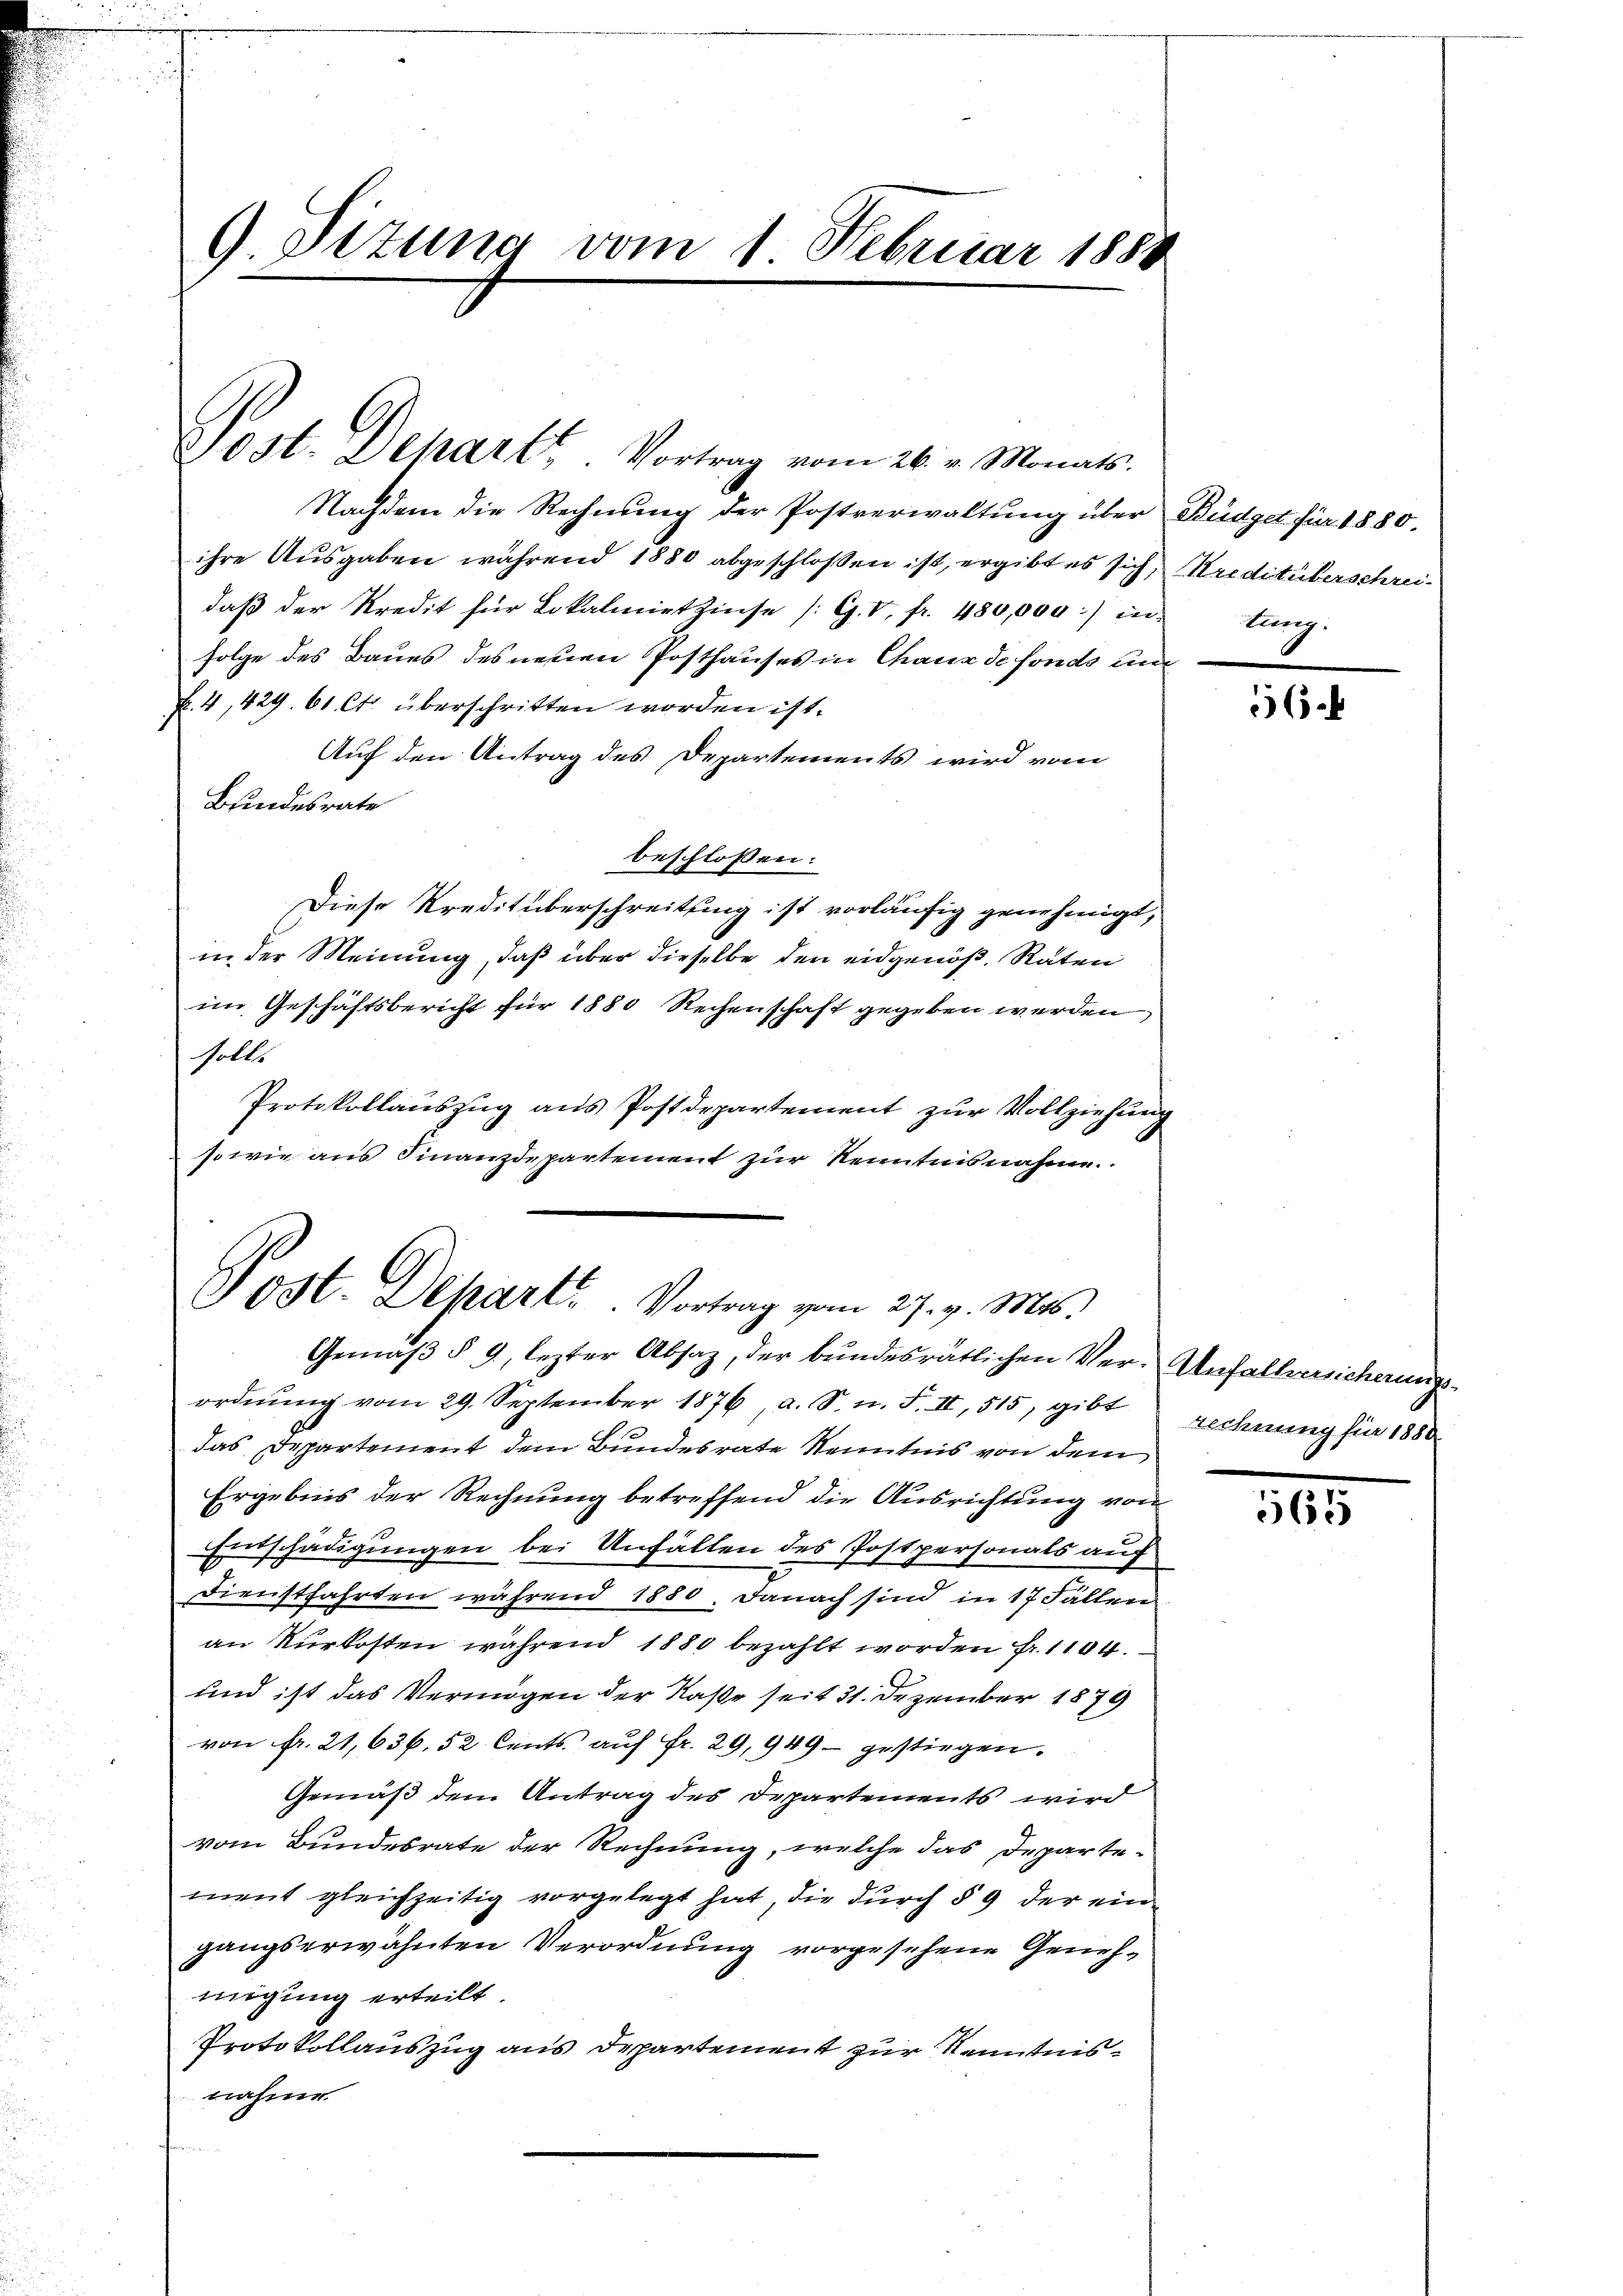
9. Pizuna vom 1 Februar 1888

Jost. Depart. Vortrag vom 26. v. Monats

Nachdem die Rechnung der Postverwaltung über Büdget für 1880.
ihre Ausgaben während 1880 abgeschloßen ist, ergibt es sich, Kreditüberschreidaβ der Kredit für Lokalmietzinse (G. V. fr. 480,000) in tung.
folge des Baues des neuen Posthauses in Chaux de fonds un
f. 4, 429. 61 Ct. überschritten worden ist.
Auf den Antrag des Departements wird vom
Bundesrate
beschlossen:
Diese Kreditüberschreitung ist vorläufig genehmigt,
in der Meinung, daß über dieselbe den eidgenöß, Raten
im Geschäftsbericht für 1880 Rechenschaft gegeben werden,
solle
Protokollauszug aus Postdepartement zur Vollziehung
1
sowie aus Finanzdepartement zur Kenntnisnahme.

Post. Depart. Vortrag vom 27. v. Ms.
Gemäß § 9, lezter Absaz, der bundesrätlichen Ver- Anfallversicherungs¬

ordnŭng vom 29. September 1876, a. S. n. F. II, 515, gibt rechnung für 1880
das Departement dem Bundesrate Kenntnis von dem
Ergebnis der Rechnung betreffend die Ausrichtung von
Entschädigungen bei Unfällen des Postpersonals auf
Dienstfahrten während 1880. Danach sind in 17 Fällen
an Nurkosten während 1880 bezahlt worden Fr. 1104.
und ist das Vermögen der Kaße seit 31. Dezember 1879
von fr. 21,636. 52 Cents. auf Fr. 29, 949 - gestiegen.
Gemäß dem Antrag des Departements wird
vom Bundesrate der Rechnung, welche das Departement gleichzeitig vorgelegt hat, die durch § 9 der ein-
gangserwähnten Verordnung vorgesehene Genehmigung erteilt
Protokollauszug aus Departement zur Kenntnisnahme

6

.